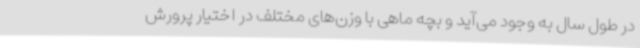
در طول سال به وجود می‌آید و بچه ماهی با وزن‌های مختلف در اختیار پرورش